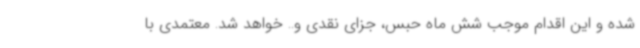
شده و این اقدام موجب شش ماه حبس، جزای نقدی و.. خواهد شد. معتمدی با